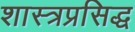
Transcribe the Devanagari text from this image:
शास्त्रप्रसिद्ध